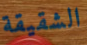
الشقيقة